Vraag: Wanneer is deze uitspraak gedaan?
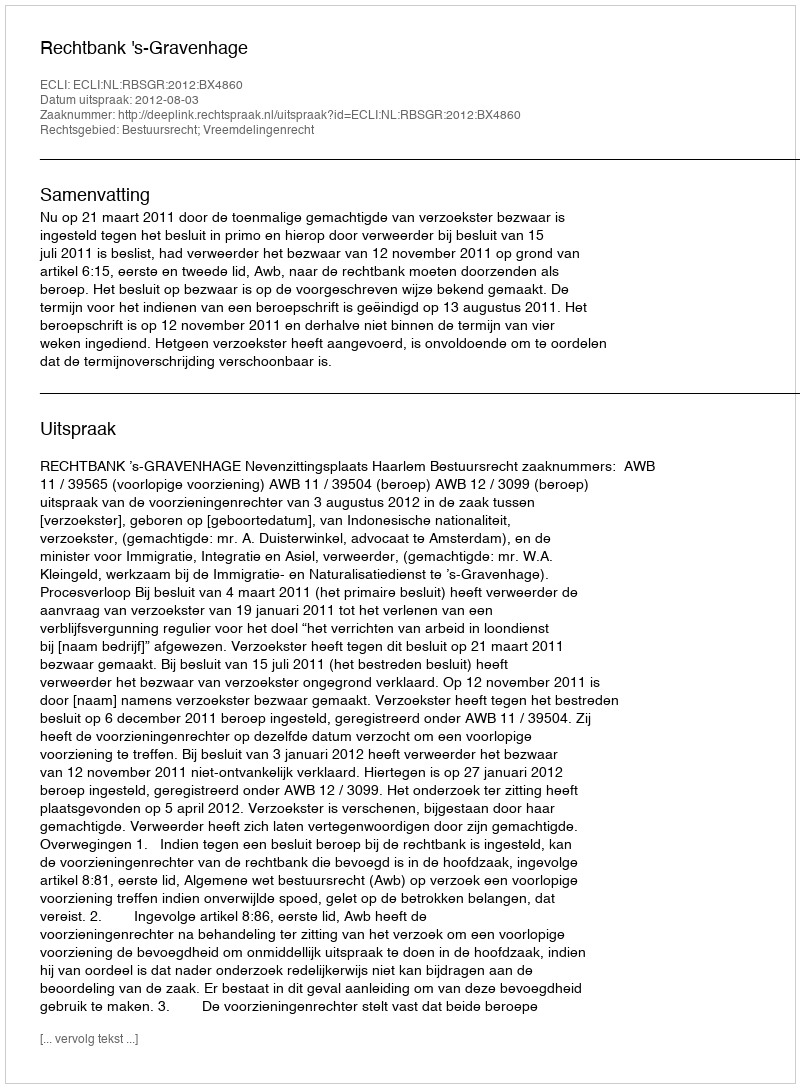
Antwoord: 2012-08-03